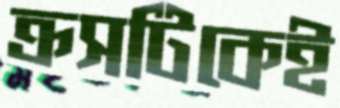
ক্রসটিকেই